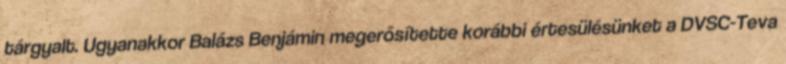
tárgyalt. Ugyanakkor Balázs Benjámin megerősítette korábbi értesülésünket a DVSC-Teva